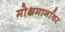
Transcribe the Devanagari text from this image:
मोक्षमार्गावर